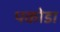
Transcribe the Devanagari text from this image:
पकोडा